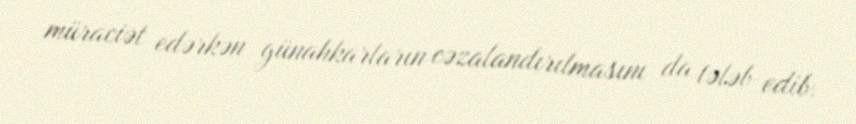
müraciət edərkən günahkarların cəzalandırılmasını da tələb edib.